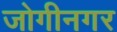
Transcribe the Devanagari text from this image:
जोगीनगर